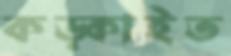
কড়্‌কাইত